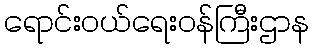
ရောင်းဝယ်ရေးဝန်ကြီးဌာန